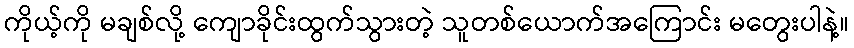
ကိုယ့်ကို မချစ်လို့ ကျောခိုင်းထွက်သွားတဲ့ သူတစ်ယောက်အကြောင်း မတွေးပါနဲ့။